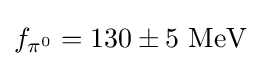
f_{\pi ^{0}}=130\pm 5~{\text{MeV}}